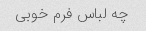
چه لباس فرم خوبی